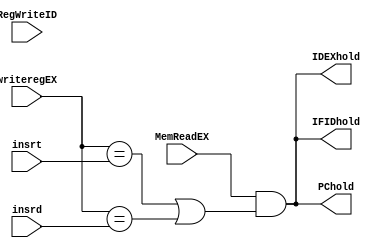
`timescale 1ns / 1ps
//////////////////////////////////////////////////////////////////////////////////
// Company: 
// Engineer: 
// 
// Design Name: 
// Module Name:    lwhold 
// Project Name: 
// Target Devices: 
// Tool versions: 
// Description: 
//
// Dependencies: 
//
// Revision: 
// Revision 0.01 - File Created
// Additional Comments: 
//
//////////////////////////////////////////////////////////////////////////////////
module lwhold(PChold,IFIDhold,IDEXhold,MemReadEX,RegWriteID,writeregEX,insrt,insrd);
output PChold,IFIDhold,IDEXhold;
input MemReadEX,RegWriteID;
input [4:0] writeregEX;
input [4:0] insrt;
input [4:0] insrd;
assign PChold=MemReadEX && ((writeregEX==insrt)||(writeregEX==insrd));
assign IFIDhold=MemReadEX && ((writeregEX==insrt)||(writeregEX==insrd));
assign IDEXhold=MemReadEX && ((writeregEX==insrt)||(writeregEX==insrd));
assign EXMEMhold=MemReadEX && ((writeregEX==insrt)||(writeregEX==insrd));
endmodule